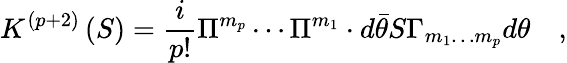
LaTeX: K^{\left(p+2\right)}\left(S\right)=\frac i{p!}\Pi^{m_{p}}\cdots\Pi^{m_{1}}\cdot d\bar{\theta}S\Gamma_{m_{1}\ldots m_{p}}d\theta\quad,